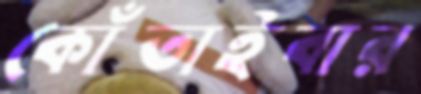
কোঁতাইবার